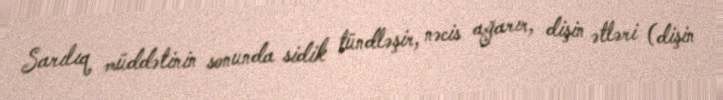
Sarılıq müddətinin sonunda sidik tündləşir, nəcis ağarır, dişin ətləri (dişin